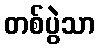
တစ်ပွဲသာ